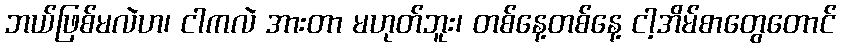
ဘယ်ဖြစ်မလဲဟ၊ ငါကလဲ အားတာ မဟုတ်ဘူး၊ တစ်နေ့တစ်နေ့ ငါ့အိမ်စာတွေတောင်